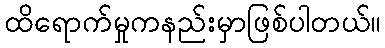
ထိရောက်မှုကနည်းမှာဖြစ်ပါတယ်။